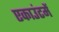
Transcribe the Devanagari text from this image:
एकाउंटमें